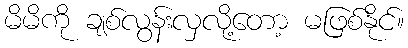
မိမိကို ချစ်လွန်းလှလို့တော့ မဖြစ်နိုင်။